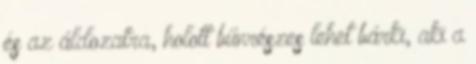
és az áldozatra, holott bűnrészes lehet bárki, aki a